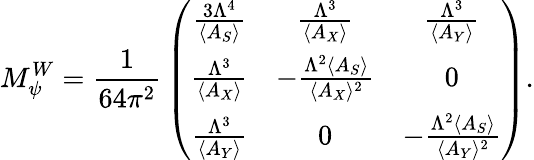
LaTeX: M_{\psi}^{W}={\frac{1}{64\pi^{2}}}\left(\begin{array}{ccc}{{{\frac{3\Lambda^{4}}{\langle A_{S}\rangle}}}}&{{{\frac{\Lambda^{3}}{\langle A_{X}\rangle}}}}&{{{\frac{\Lambda^{3}}{\langle A_{Y}\rangle}}}}\\ {{{\frac{\Lambda^{3}}{\langle A_{X}\rangle}}}}&{{-{\frac{\Lambda^{2}\langle A_{S}\rangle}{\langle A_{X}\rangle^{2}}}}}&{{0}}\\ {{{\frac{\Lambda^{3}}{\langle A_{Y}\rangle}}}}&{{0}}&{{-{\frac{\Lambda^{2}\langle A_{S}\rangle}{\langle A_{Y}\rangle^{2}}}}}\end{array}\right).